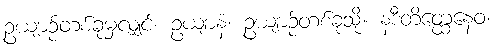
ဥယျာဉ်တစ်ခုမှလျှင်။ ဥယျာနံ၊ ဥယျာဉ်တစ်ခုသို့။ နဒီတိတ္ထေနေဝ၊